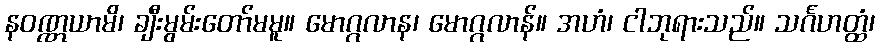
နဝဏ္ဏယာမိ၊ ချီးမွမ်းတော်မမူ။ မောဂ္ဂလာန၊ မောဂ္ဂလာန်။ အဟံ၊ ငါဘုရားသည်။ သင်္ဂဟတ္ထံ၊